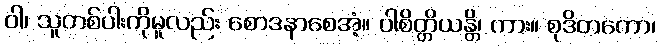
ဝါ၊ သူတစ်ပါးကိုမူလည်း စောဒနာစေအံ့။ ပါစိတ္တိယန္တိ၊ ကား။ စုဒိတကော၊